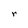
Character: r